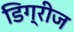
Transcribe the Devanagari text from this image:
डिग्रीज